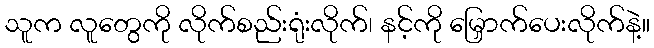
သူက လူတွေကို လိုက်စည်းရုံးလိုက်၊ နင့်ကို မြှောက်ပေးလိုက်နဲ့။